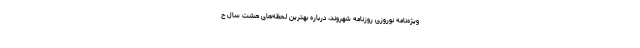
ویژه‌نامه نوروزی روزنامه شهروند، درباره بهترین لحظه‌های هشت سال ح